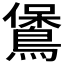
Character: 𪃁